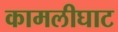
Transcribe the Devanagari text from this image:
कामलीघाट